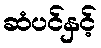
ဆံပင်နှင့်